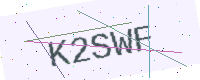
Text: K2SWF